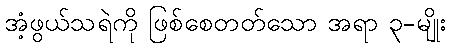
အံ့ဖွယ်သရဲကို ဖြစ်စေတတ်သော အရာ ၃-မျိုး